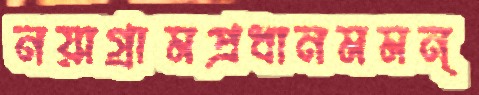
নয়াগ্রামপ্রধানমমন্